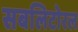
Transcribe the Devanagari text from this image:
सबलिटोरल